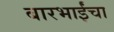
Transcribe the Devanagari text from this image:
बारभाईंचा